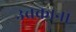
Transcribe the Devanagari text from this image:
उचकाना